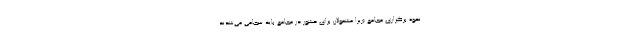
نحوه برگزاری مجامع (زیرا مشمولان برای حشور در مجامع باید سجامی می‌شدند